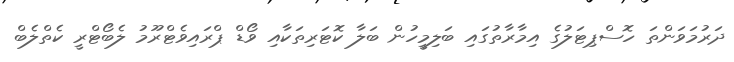
ދަރުމަވަންތަ ހޮސްޕިޓަލުގެ އިމާރާތުގައި ބަލިމީހުން ބަލާ ކޮޓަރިތަކާއި ވޯޑް ޕްރައިވެޓްރޫމު ލެބޯޓްރީ ކެތްލެބް